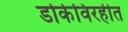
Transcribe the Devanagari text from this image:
डोकेविरहीत